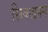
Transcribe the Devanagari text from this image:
सिक्खपन